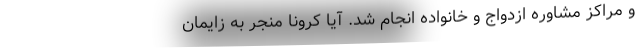
و مراکز مشاوره ازدواج و خانواده انجام شد. آیا کرونا منجر به زایمان